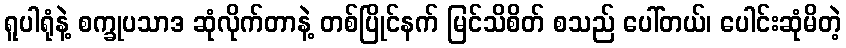
ရူပါရုံနဲ့ စက္ခုပသာဒ ဆုံလိုက်တာနဲ့ တစ်ပြိုင်နက် မြင်သိစိတ် စသည် ပေါ်တယ်၊ ပေါင်းဆုံမိတဲ့